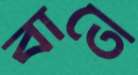
বাতে